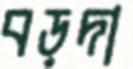
বড়দা